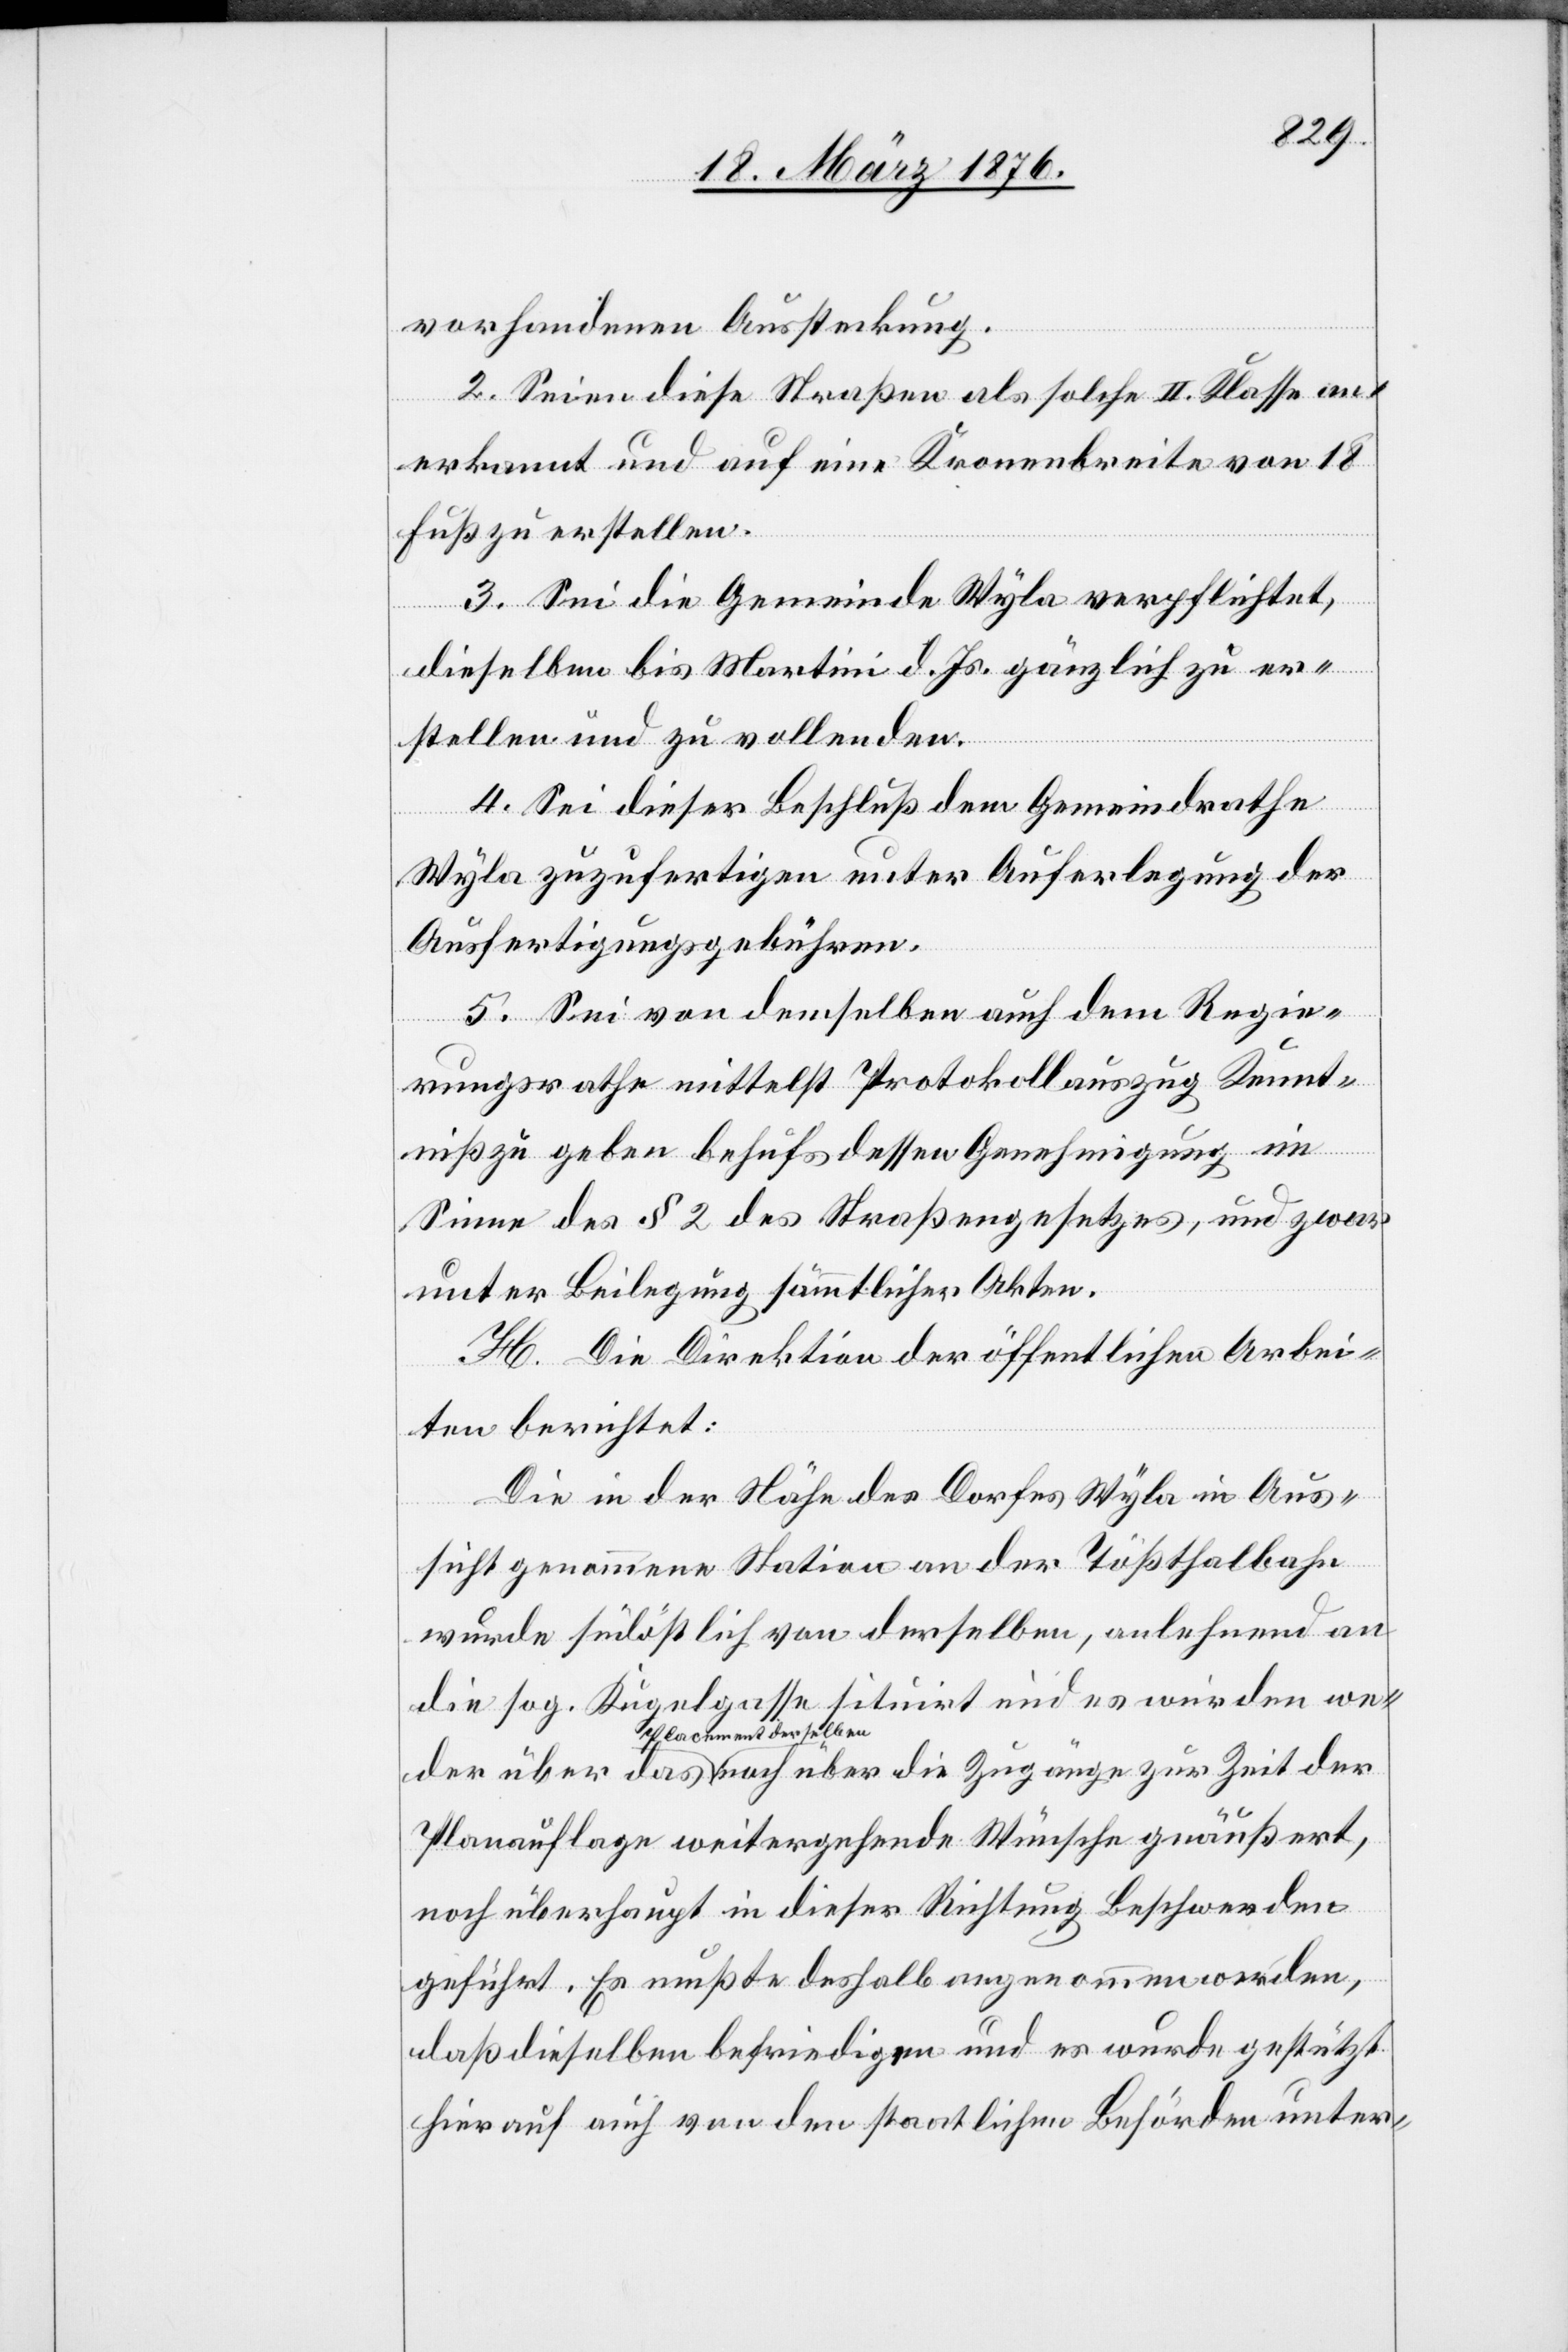
vorhandenen Aussteckung.
2. Seien diese Straßen als solche II. Klasse an¬
der
erkannt und auf eine Kronenbreite von 18
Fuß zu erstellen.
3. Sei die Gemeinde Wyla verpflichtet,
dieselben bis Martini d. Js. gänzlich zu er¬
stellen und zu vollenden.
4. Sei dieser Beschluß dem Gemeindrathe
Wyla zuzufertigen unter Auferlegung der
Ausfertigungsgebühren.
5. Sei von demselben auch dem Regie¬
rungsrathe mittelst Protokollauszug Kennt¬
die
nis zu geben behufs dessen Genehmigung im
Sinne des § 2 des Straßengesetzes, und zwar
unter Beilegung sämmtlicher Akten.
H. Die Direktion der öffentlichen Arbei¬
ten berichtet:
Die in der Nähe des Dorfes Wyla in Aus¬
sicht genommene Station an der Tößthalbahn
wurde südöstlich von derselben, anlehnend an
die sog. Kugelgasse sistirt und es wurden we¬
Placement derselben
Planauflage weitergehende Wünsche geäußert,
noch überhaupt in dieser Richtung Beschwerde
geführt. Es mußte deshalb angenommen werden,
daß dieselben befriedigen und es wurde gestützt
hierauf auch von den staatlichen Behörden unter-